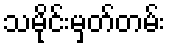
သမိုင်းမှတ်တမ်း